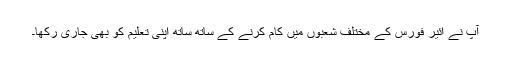
آپ نے ائیر فورس کے مختلف شعبوں میں کام کرنے کے ساتھ ساتھ اپنی تعلیم کو بھی جاری رکھا۔